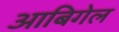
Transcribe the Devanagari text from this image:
आबिगेल